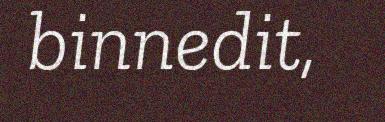
binnedit,